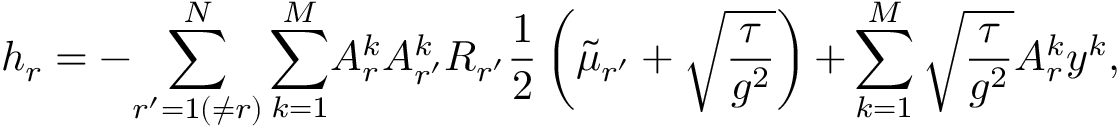
\centering h _ { r } = - { \sum _ { r ^ { \prime } = 1 ( \neq r ) } ^ { N } \sum _ { k = 1 } ^ { M } } A _ { r } ^ { k } A _ { r ^ { \prime } } ^ { k } R _ { r ^ { \prime } } \frac { 1 } { 2 } \left( \tilde { \mu } _ { r ^ { \prime } } + \sqrt { \frac { \tau } { g ^ { 2 } } } \right) { + } \sum _ { k = 1 } ^ { M } \sqrt { \frac { \tau } { g ^ { 2 } } } { A _ { r } ^ { k } y ^ { k } } ,